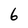
Character: 6